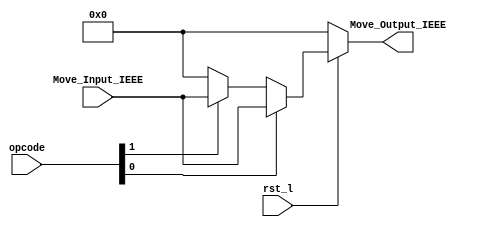
// Copyright 2023 MERL-DSU

// Licensed under the Apache License, Version 2.0 (the "License"); you may not use 
// this file except in compliance with the License. You may obtain a copy of the License at

//   http://www.apache.org/licenses/LICENSE-2.0

// Unless required by applicable law or agreed to in writing, software distributed under the 
// License is distributed on an "AS IS" BASIS, WITHOUT WARRANTIES OR CONDITIONS OF ANY KIND, 
// either express or implied. See the License for the specific language governing permissions 

module FPU_move(rst_l,opcode,Move_Input_IEEE,Move_Output_IEEE);
  //Standard Defination For Parameterization
  
  parameter Std = 31; // Means IEEE754 Std 32 Bit Single Precision -1 for bits
  
  input [Std : 0] Move_Input_IEEE; // Input of IEEE754 32 Move Instruction 
  input [1:0] opcode; // opcode for selection
  input rst_l; // clock & reset for Synchronizations
  output [Std : 0] Move_Output_IEEE; // Output of IEEE754 32 Move Instruction 
  
  wire [Std : 0] Move_Output_IEEE; // Define reg becuase it is Output of IEEE754 32 Move Instruction 
   
  // New logic will  be
  assign Move_Output_IEEE = (rst_l == 1'b0) ? { (Std+1){1'b0} } :  (opcode[0] == 1'b1) ? Move_Input_IEEE : (opcode[1] == 1'b1) ? Move_Input_IEEE : { (Std+1){1'b0} } ;
  
endmodule